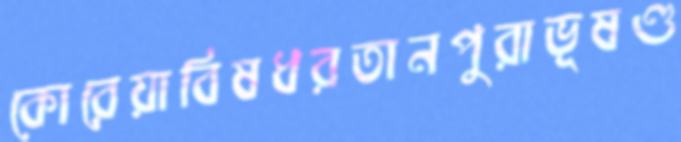
কোরেয়াবিষধরতানপুরাভূষণ্ড